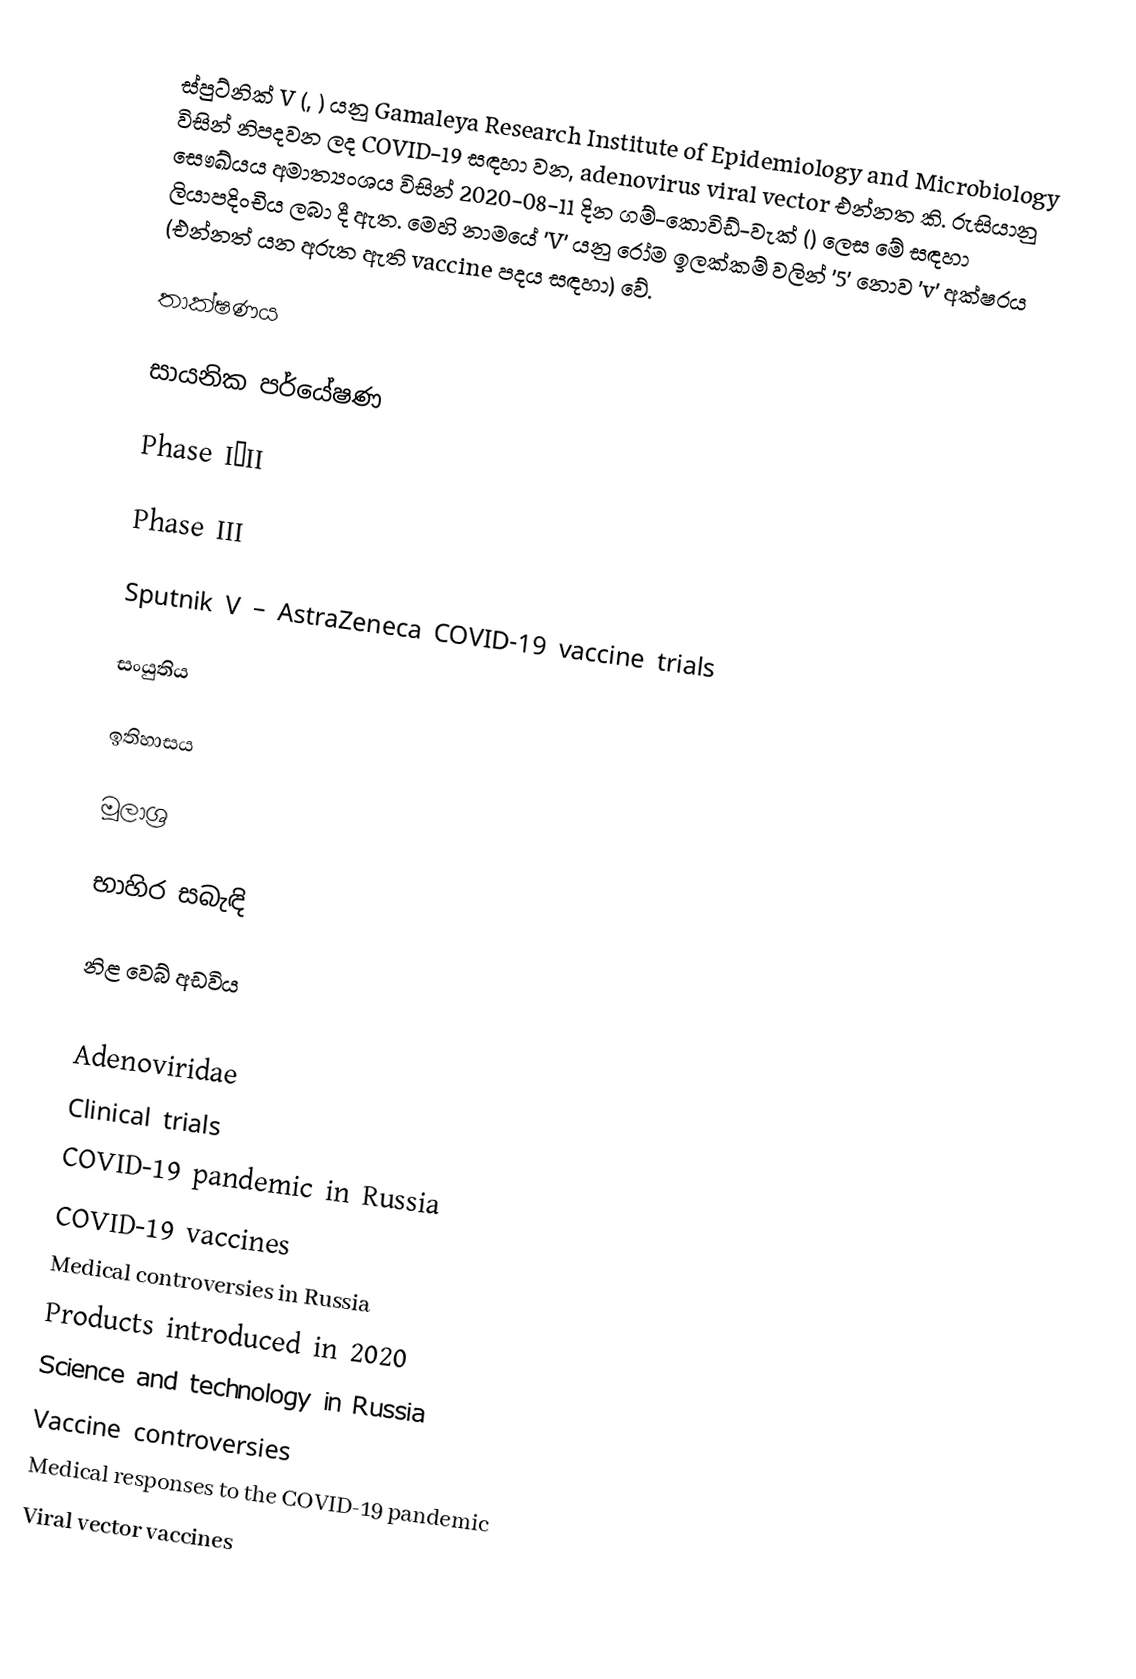
ස්පුට්නික් V (, ) යනු Gamaleya Research Institute of Epidemiology and Microbiology විසින් නිපදවන ලද COVID-19 සඳහා වන, adenovirus viral vector එන්නත කි. රුසියානු සෞඛ්යය අමාත්‍යංශය විසින් 2020-08-11 දින ගම්-කොවිඩ්-වැක් () ලෙස මේ සඳහා ලියාපදිංචිය ලබා දී ඇත. මෙහි නාමයේ 'V' යනු රෝම ඉලක්කම් වලින් '5' නොව 'v' අක්ෂරය (එන්නත් යන අරුත ඇති vaccine පදය සඳහා) වේ.

තාක්ෂණය

සායනික පර්යේෂණ

Phase I–II

Phase III

Sputnik V – AstraZeneca COVID-19 vaccine trials

සංයුතිය

ඉතිහාසය

මූලාශ්‍ර

භාහිර සබැඳි

 නිළ වෙබ් අඩවිය

Adenoviridae
Clinical trials
COVID-19 pandemic in Russia
COVID-19 vaccines
Medical controversies in Russia
Products introduced in 2020
Science and technology in Russia
Vaccine controversies
Medical responses to the COVID-19 pandemic
Viral vector vaccines